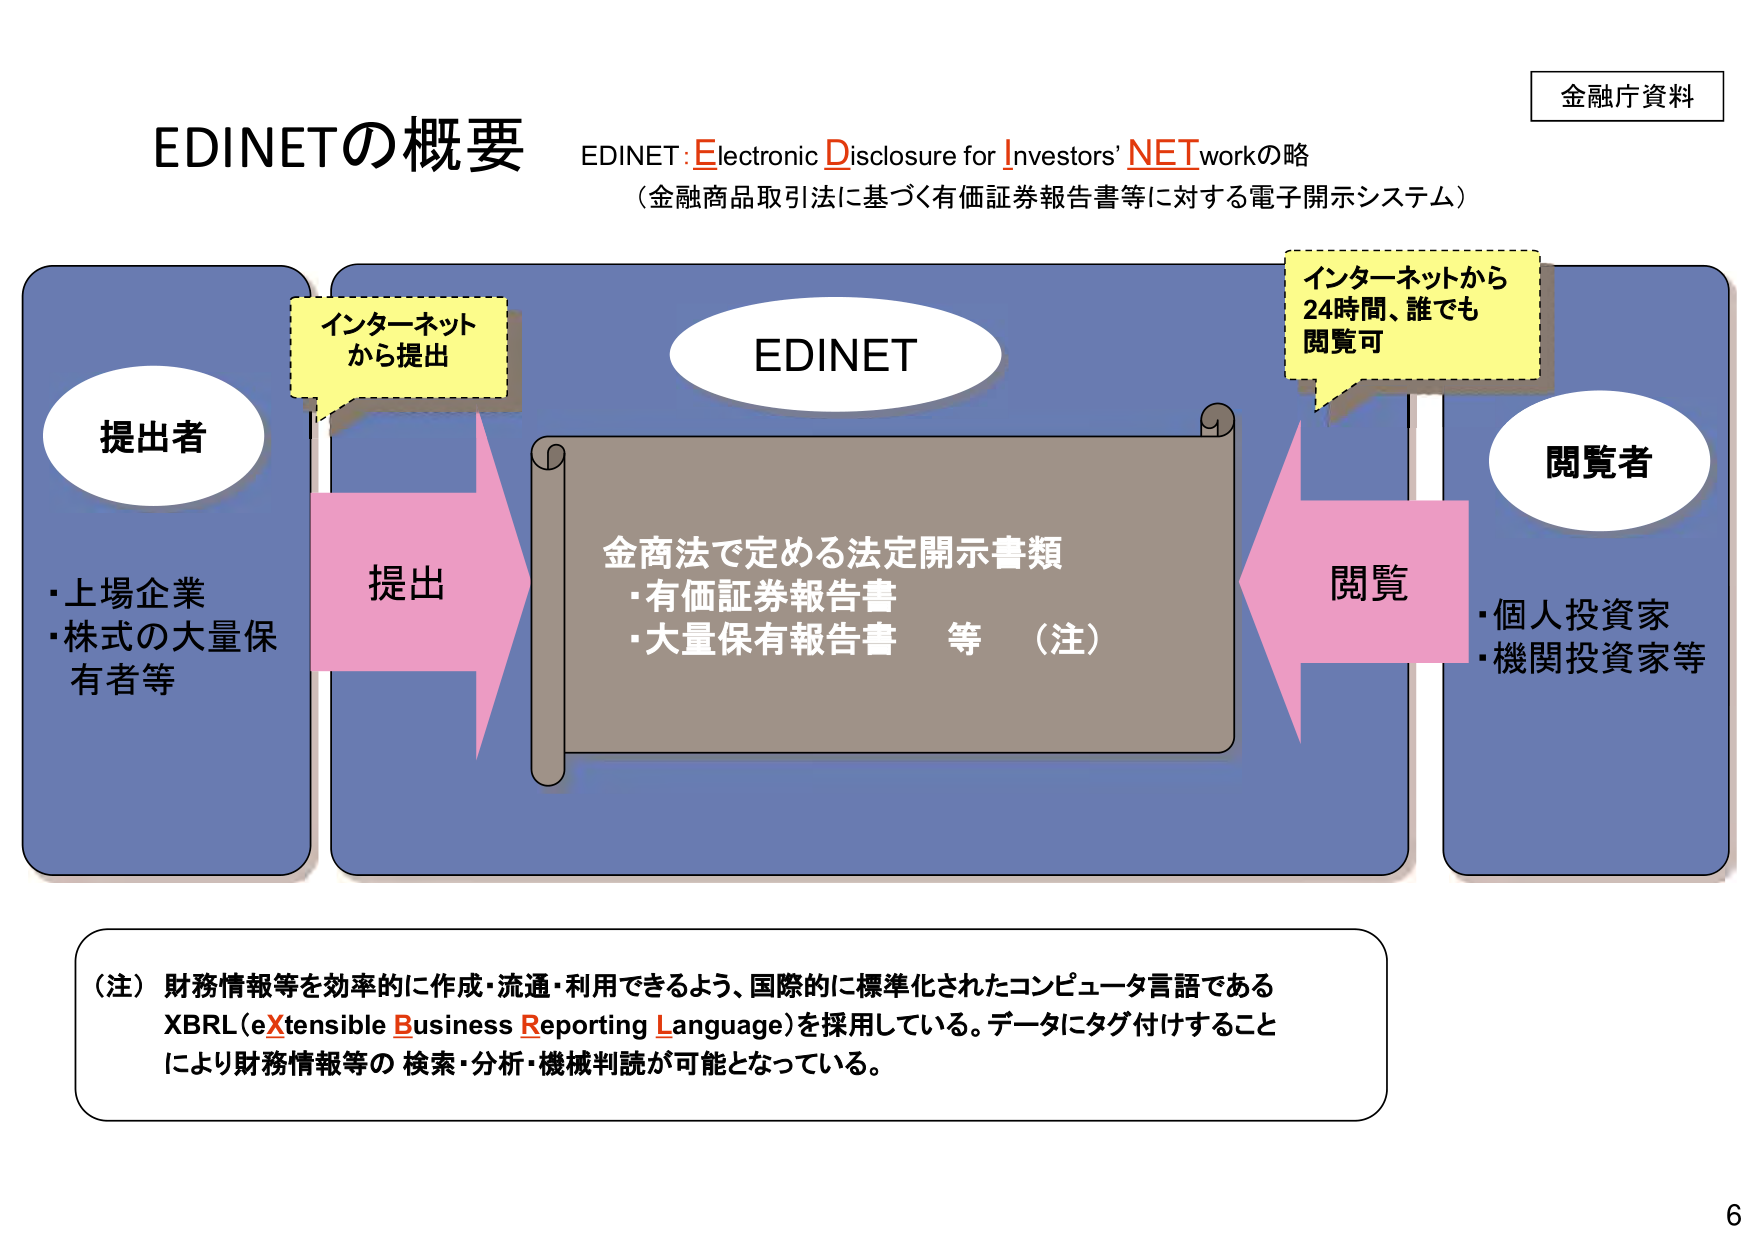
金融庁資料

EDINETの概要
EDINET: Electronic Disclosure for Investors' NET workの略
（金融商品取引法に基づく有価証券報告書等に対する電子開示システム）

提出者
・上場企業
・株式の大量保有者等

インターネットから提出

EDINET

金商法で定める法定開示書類
・有価証券報告書
・大量保有報告書　等　（注）

インターネットから
24時間、誰でも
閲覧可

閲覧

閲覧者
・個人投資家
・機関投資家等

（注）財務情報等を効率的に作成・流通・利用できるよう、国際的に標準化されたコンピュータ言語である
XBRL（eXtensible Business Reporting Language）を採用している。データにタグ付けすること
により財務情報等の 検索・分析・機械判読が可能となっている。

6